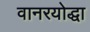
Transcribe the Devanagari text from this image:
वानरयोद्धा